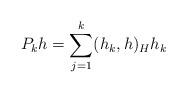
LaTeX: \begin{align*} P_k h=\sum_{j=1}^k (h_k, h)_H h_k\end{align*}